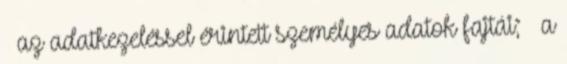
· az adatkezeléssel érintett személyes adatok fajtái; · a